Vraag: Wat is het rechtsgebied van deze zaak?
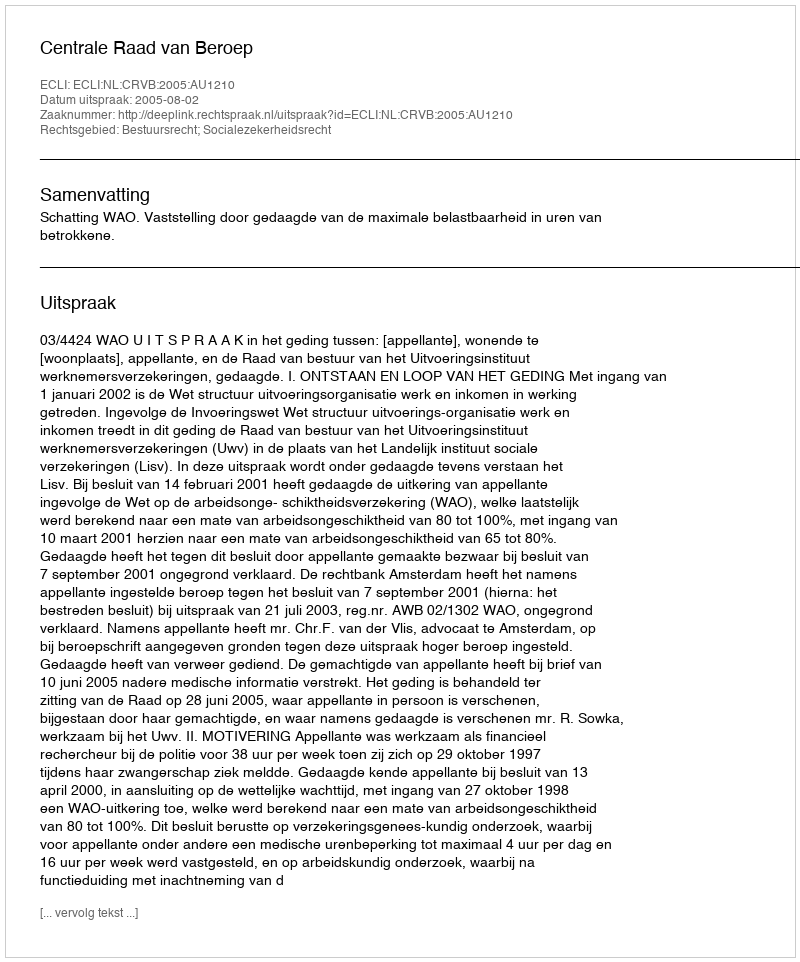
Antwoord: Bestuursrecht; Socialezekerheidsrecht